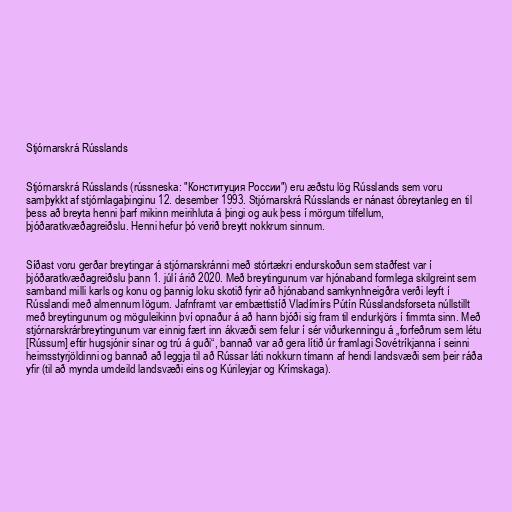
Stjórnarskrá Rússlands

Stjórnarskrá Rússlands (rússneska: "Конституция России") eru æðstu lög Rússlands sem voru
samþykkt af stjórnlagaþinginu 12. desember 1993. Stjórnarskrá Rússlands er nánast óbreytanleg en til
þess að breyta henni þarf mikinn meirihluta á þingi og auk þess í mörgum tilfellum,
þjóðaratkvæðagreiðslu. Henni hefur þó verið breytt nokkrum sinnum.

Síðast voru gerðar breytingar á stjórnarskránni með stórtækri endurskoðun sem staðfest var í
þjóðaratkvæðagreiðslu þann 1. júlí árið 2020. Með breytingunum var hjónaband formlega skilgreint sem
samband milli karls og konu og þannig loku skotið fyrir að hjónaband samkynhneigðra verði leyft í
Rússlandi með almennum lögum. Jafnframt var embættistíð Vladímírs Pútín Rússlandsforseta núllstillt
með breytingunum og möguleikinn því opnaður á að hann bjóði sig fram til endurkjörs í fimmta sinn. Með
stjórnarskrárbreytingunum var einnig fært inn ákvæði sem felur í sér viðurkenningu á „forfeðrum sem létu
[Rússum] eftir hugsjónir sínar og trú á guði“, bannað var að gera lítið úr framlagi Sovétríkjanna í seinni
heimsstyrjöldinni og bannað að leggja til að Rússar láti nokkurn tímann af hendi landsvæði sem þeir ráða
yfir (til að mynda umdeild landsvæði eins og Kúrileyjar og Krímskaga).